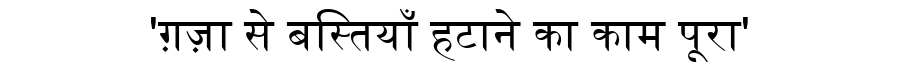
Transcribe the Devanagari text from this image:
'ग़ज़ा से बस्तियाँ हटाने का काम पूरा'